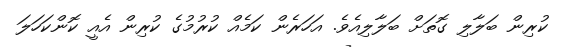
ކުރިން ބަލާލި ގޮތަށް ބަލާލިއެވެ. އަހަރެން ކަމެއް ކުރުމުގެ ކުރިން އެއީ ކޮންކަހަލަ